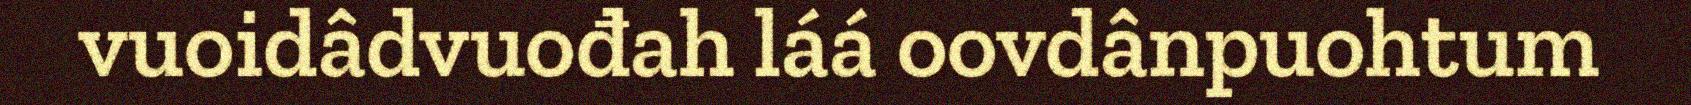
vuoidâdvuođah láá oovdânpuohtum